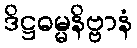
ဒိဋ္ဌဓမ္မနိဗ္ဗာနံ